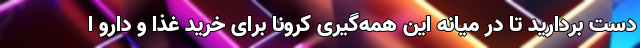
دست بردارید تا در میانه این همه‌گیری کرونا برای خرید غذا و دارو ا